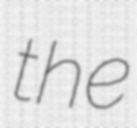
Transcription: the